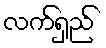
လက်ရှည်